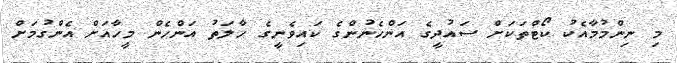
މި ނިންމުމާއެކު ކޯޓްތަކަށް ސައުދީގެ އަންހެނުންގެ ކައިވެނީގެ ހާލަތު އަންހެން މީހާއަށް އެންގުމަށް